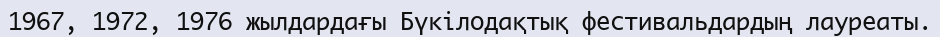
1967, 1972, 1976 жылдардағы Бүкілодақтық фестивальдардың лауреаты.